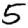
Digit: 5